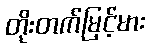
တိုးတက်မြင့်မား